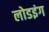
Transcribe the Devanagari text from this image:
लोडइंग